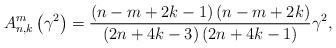
LaTeX: \begin{align*}A_{n,k}^{m}\left( {\gamma^{2}}\right) =\frac{\left( {n-m+2k-1}\right)\left( {n-m+2k}\right) }{\left( {2n+4k-3}\right) \left( {2n+4k-1}\right)}\gamma^{2}, \end{align*}